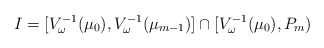
\begin{align*}I = [V_\omega^{-1}(\mu_0),V_\omega^{-1}(\mu_{m-1})] \cap [V_\omega^{-1}(\mu_0),P_m)\end{align*}